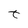
Character: t